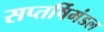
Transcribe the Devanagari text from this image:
सप्तर्षिमंडल